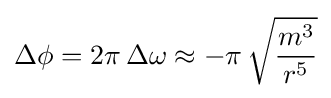
\Delta \phi =2\pi \,\Delta \omega \approx -\pi \,{\sqrt {\frac {m^{3}}{r^{5}}}}